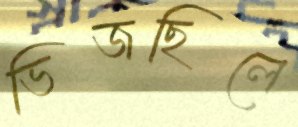
ভিজছিলে